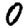
Digit: 0